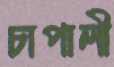
চাপালী